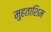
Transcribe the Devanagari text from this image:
मुहताशिम